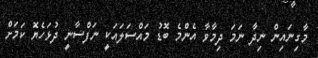
މާގިނައިން ނިދާ ނަމަ ދިމާވާ އެންމެ ބޮޑު މައްސަލައަކީ ނަފްސާނީ ދުޅަހެޔޮ ކަމަށް